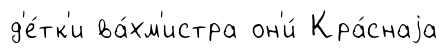
д'е́тк'и ва́хм'истра он'и́ Кра́снаjа